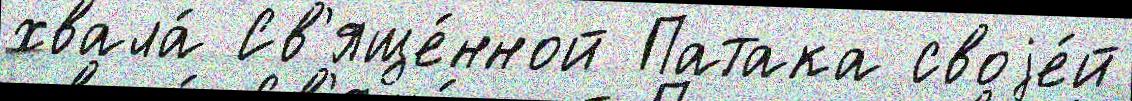
хвала́ Св'яще́нной Патака своjе́й